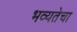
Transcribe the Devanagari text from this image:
भव्यतेचा